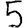
Digit: 5